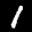
Label: 1